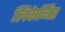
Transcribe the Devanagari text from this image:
लिकेनिड